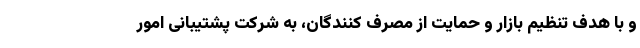
و با هدف تنظیم بازار و حمایت از مصرف کنندگان، به شرکت پشتیبانی امور